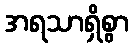
အရသာရှိစွာ